Leaving Certificate, 1897
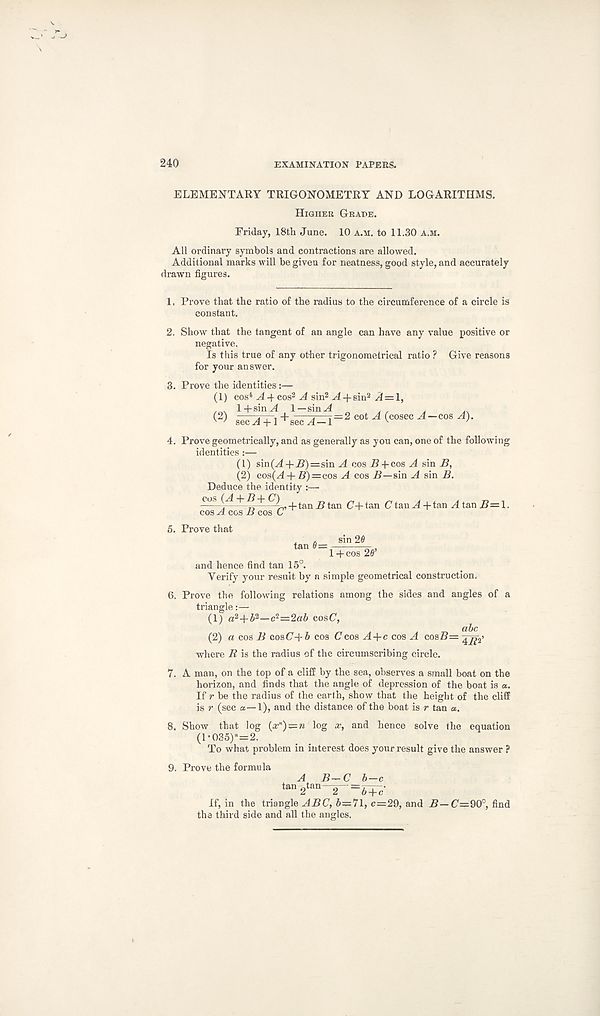
240
EXAMINATION PAPERS.
ELEMENTARY TRIGONOMETRY AND LOGARITHMS.
Higher Grade.
Friday, 18th June. 10 a.m. to 11.30 a.m.
All ordinary symbols and contractions are allowed.
Additional marks will be given for neatness, good style, and accurately
drawn figures.
1. Prove that the ratio of the radius to the circumference of a circle is
constant.
2. Show that the tangent of an angle can have any value positive or
negative.
Is this true of any other trigonometrical ratio ? Give reasons
for your answer.
3. Prove the identities
(1) cos 4 ^44 cos 2 ^4 sin 2 ^4 +sin 2 /J = l,
I4sin.4 1—sin^4
< 2 > iecT+I + eecA^l =2 cot A ( 005e0 ^- cos A ' >-
4. Prove geometrically, and as generally as you can, one of the following
identities :—
(1) sin(^44i?)=sin A cos .Bpcos A sin B,
(2) cos(/l+ B)=cos A cos sin A sin B.
Deduce the identity :—
cos (A. + B + C)
g tan (7^_tan C tan A 4tan A tan B=l.
cos A cos B cos G
5. Prove that
tan 6 = sin 26
1 4cos 26’’
and hence find tan 15°.
Verify your result by a simple geometrical construction.
6. Prove the following relations among the sides and angles of a
triangle:—
(1) a 2 4i 2 —c t =-2ab cosC,
(2) a cos B cosC4& cos Ceos A + c cos A coaB= 4^2’
where B is the radius of the circumscribing circle.
7. A man, on the top of a cliff by the sea, observes a small boat on the
horizon, and finds that the angle of depression of the boat is a.
If r be the radius of the earth, show that the height of the cliff
is r (sec a—1), and the distance of the boat is r tan a.
8. Show that log (x n )z=n log x, and hence solve the equation
(1 •035) n =2.
To what problem in interest does your result give the answer ?
9. Prove the formula A B~- C b-c
If, in the triangle ABC, 6=;7l, c=29, and B—C—QQP, find
the third side and all the angles.